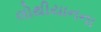
લોથીયાનના